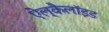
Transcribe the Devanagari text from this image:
ऐल्कैलॉइड